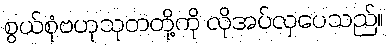
စွယ်စုံဗဟုသုတတို့ကို လိုအပ်လှပေသည်။